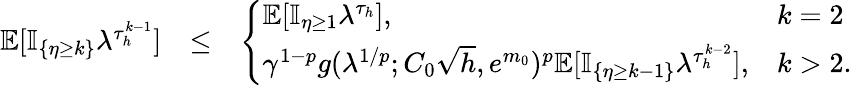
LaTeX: \begin{array}{rlr}{\mathbb{E}[\mathbb{I}_{\{ \eta\ge k\} }\lambda^{\tau_{h}^{k-1}}]}&{\le}&{\left\{ \begin{array}{ll}{\mathbb{E}[\mathbb{I}_{\eta\ge 1}\lambda^{\tau_{h}}],}&{k=2}\\ {\gamma^{1-p}g(\lambda^{1/p};C_{0}\sqrt{h},e^{m_{0}})^{p}\mathbb{E}[\mathbb{I}_{\{ \eta\ge k-1\} }\lambda^{\tau_{h}^{k-2}}],}&{k>2.}\end{array}\right.}\end{array}